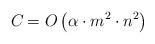
LaTeX: \begin{align*}C_{} = O\left( \alpha \cdot m^2 \cdot n^2 \right)\end{align*}